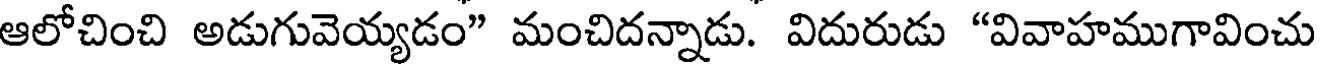
ఆలోచించి అడుగువెయ్యడం" మంచిదన్నాడు. విదురుడు "వివాహముగావించు